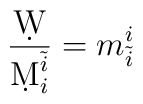
{\d W\over\d M^{\tilde{i}}_i} = m_{\tilde{i}}^i